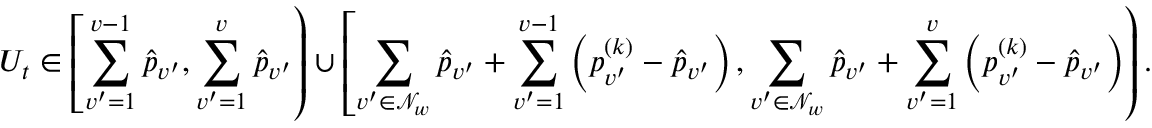
U _ { t } \in \left[ \sum _ { v ^ { \prime } = 1 } ^ { v - 1 } \hat { p } _ { v ^ { \prime } } , \sum _ { v ^ { \prime } = 1 } ^ { v } \hat { p } _ { v ^ { \prime } } \right) \cup \left[ \sum _ { v ^ { \prime } \in \mathcal { N } _ { w } } \hat { p } _ { v ^ { \prime } } + \sum _ { v ^ { \prime } = 1 } ^ { v - 1 } \left( p _ { v ^ { \prime } } ^ { ( k ) } - \hat { p } _ { v ^ { \prime } } \right) , \sum _ { v ^ { \prime } \in \mathcal { N } _ { w } } \hat { p } _ { v ^ { \prime } } + \sum _ { v ^ { \prime } = 1 } ^ { v } \left( p _ { v ^ { \prime } } ^ { ( k ) } - \hat { p } _ { v ^ { \prime } } \right) \right) .